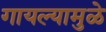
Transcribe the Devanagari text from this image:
गायल्यामुळे